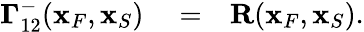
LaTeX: \begin{array}{rlr}{{\mathbf\Gamma}_{12}^{-}({\mathbf x}_{F},{\mathbf x}_{S})}&{{}=}&{{\mathbf R}({\mathbf x}_{F},{\mathbf x}_{S}).}\end{array}